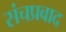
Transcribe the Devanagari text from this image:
संचप्रवाद